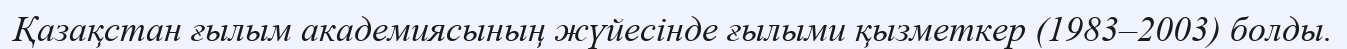
Қазақстан ғылым академиясының жүйесінде ғылыми қызметкер (1983–2003) болды.